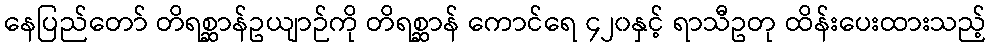
နေပြည်တော် တိရစ္ဆာန်ဥယျာဉ်ကို တိရစ္ဆာန် ကောင်ရေ ၄၂၀နှင့် ရာသီဥတု ထိန်းပေးထားသည့်